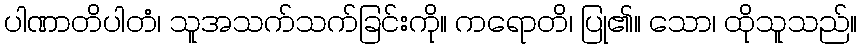
ပါဏာတိပါတံ၊ သူအသက်သက်ခြင်းကို။ ကရောတိ၊ ပြု၏။ သော၊ ထိုသူသည်။